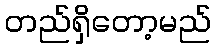
တည်ရှိတော့မည်